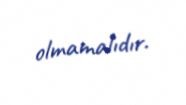
olmamalıdır.